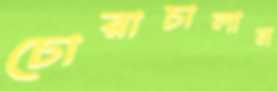
চোরাচালান